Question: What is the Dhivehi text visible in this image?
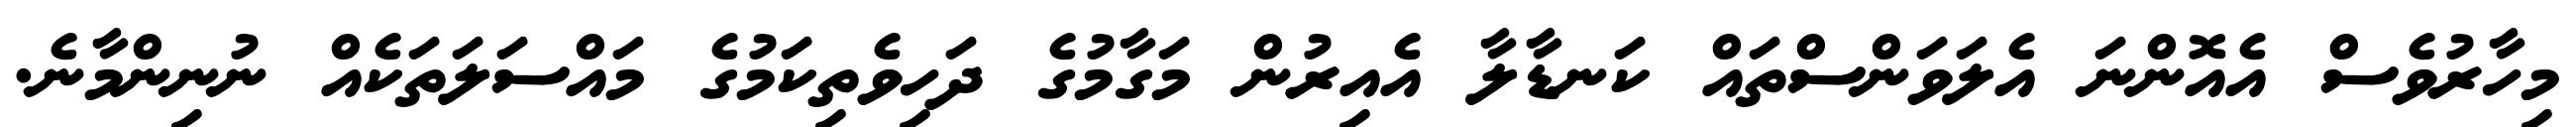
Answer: މިހާރުވެސް އެއޮންނަ އެލަވަންސްތައް ކަނޑާލާ އެއިރުން މަގާމުގެ ދަހިވެތިކަމުގެ މައްސަލަތަކެއް ނުނިންމާނެ.